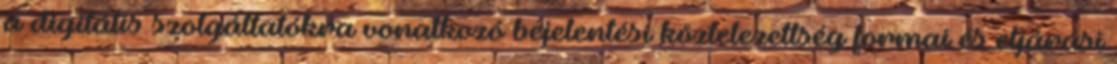
a digitális szolgáltatókra vonatkozó bejelentési köztelezettség formai és eljárási